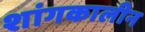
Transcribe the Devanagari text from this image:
शांगकालीन